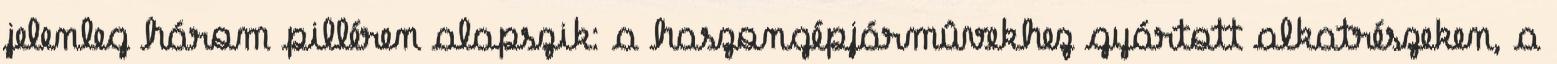
jelenleg három pilléren alapszik: a haszongépjármûvekhez gyártott alkatrészeken, a